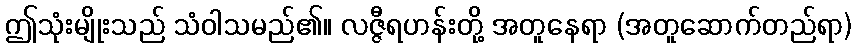
ဤသုံးမျိုးသည် သံဝါသမည်၏။ လဇ္ဇီရဟန်းတို့ အတူနေရာ (အတူဆောက်တည်ရာ)